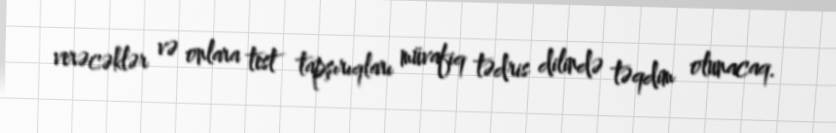
verəcəklər və onlara test tapşırıqları müvafiq tədris dilində təqdim olunacaq.